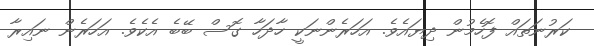
ކަރުނަތައް ފޮހެމުން ދިޔައެވެ. އަހަރެންނަކީ ހާދަހާ ގޮސް ބޭބެ އެކެވެ. އަހަރެން ނައިރާ